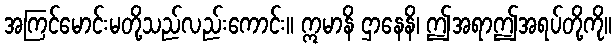
အကြင်မောင်းမတို့သည်လည်းကောင်း။ ဣမာနိ ဌာနေနိ၊ ဤအရာဤအရပ်တို့ကို။